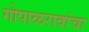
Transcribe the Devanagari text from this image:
गोपाळरावांचा